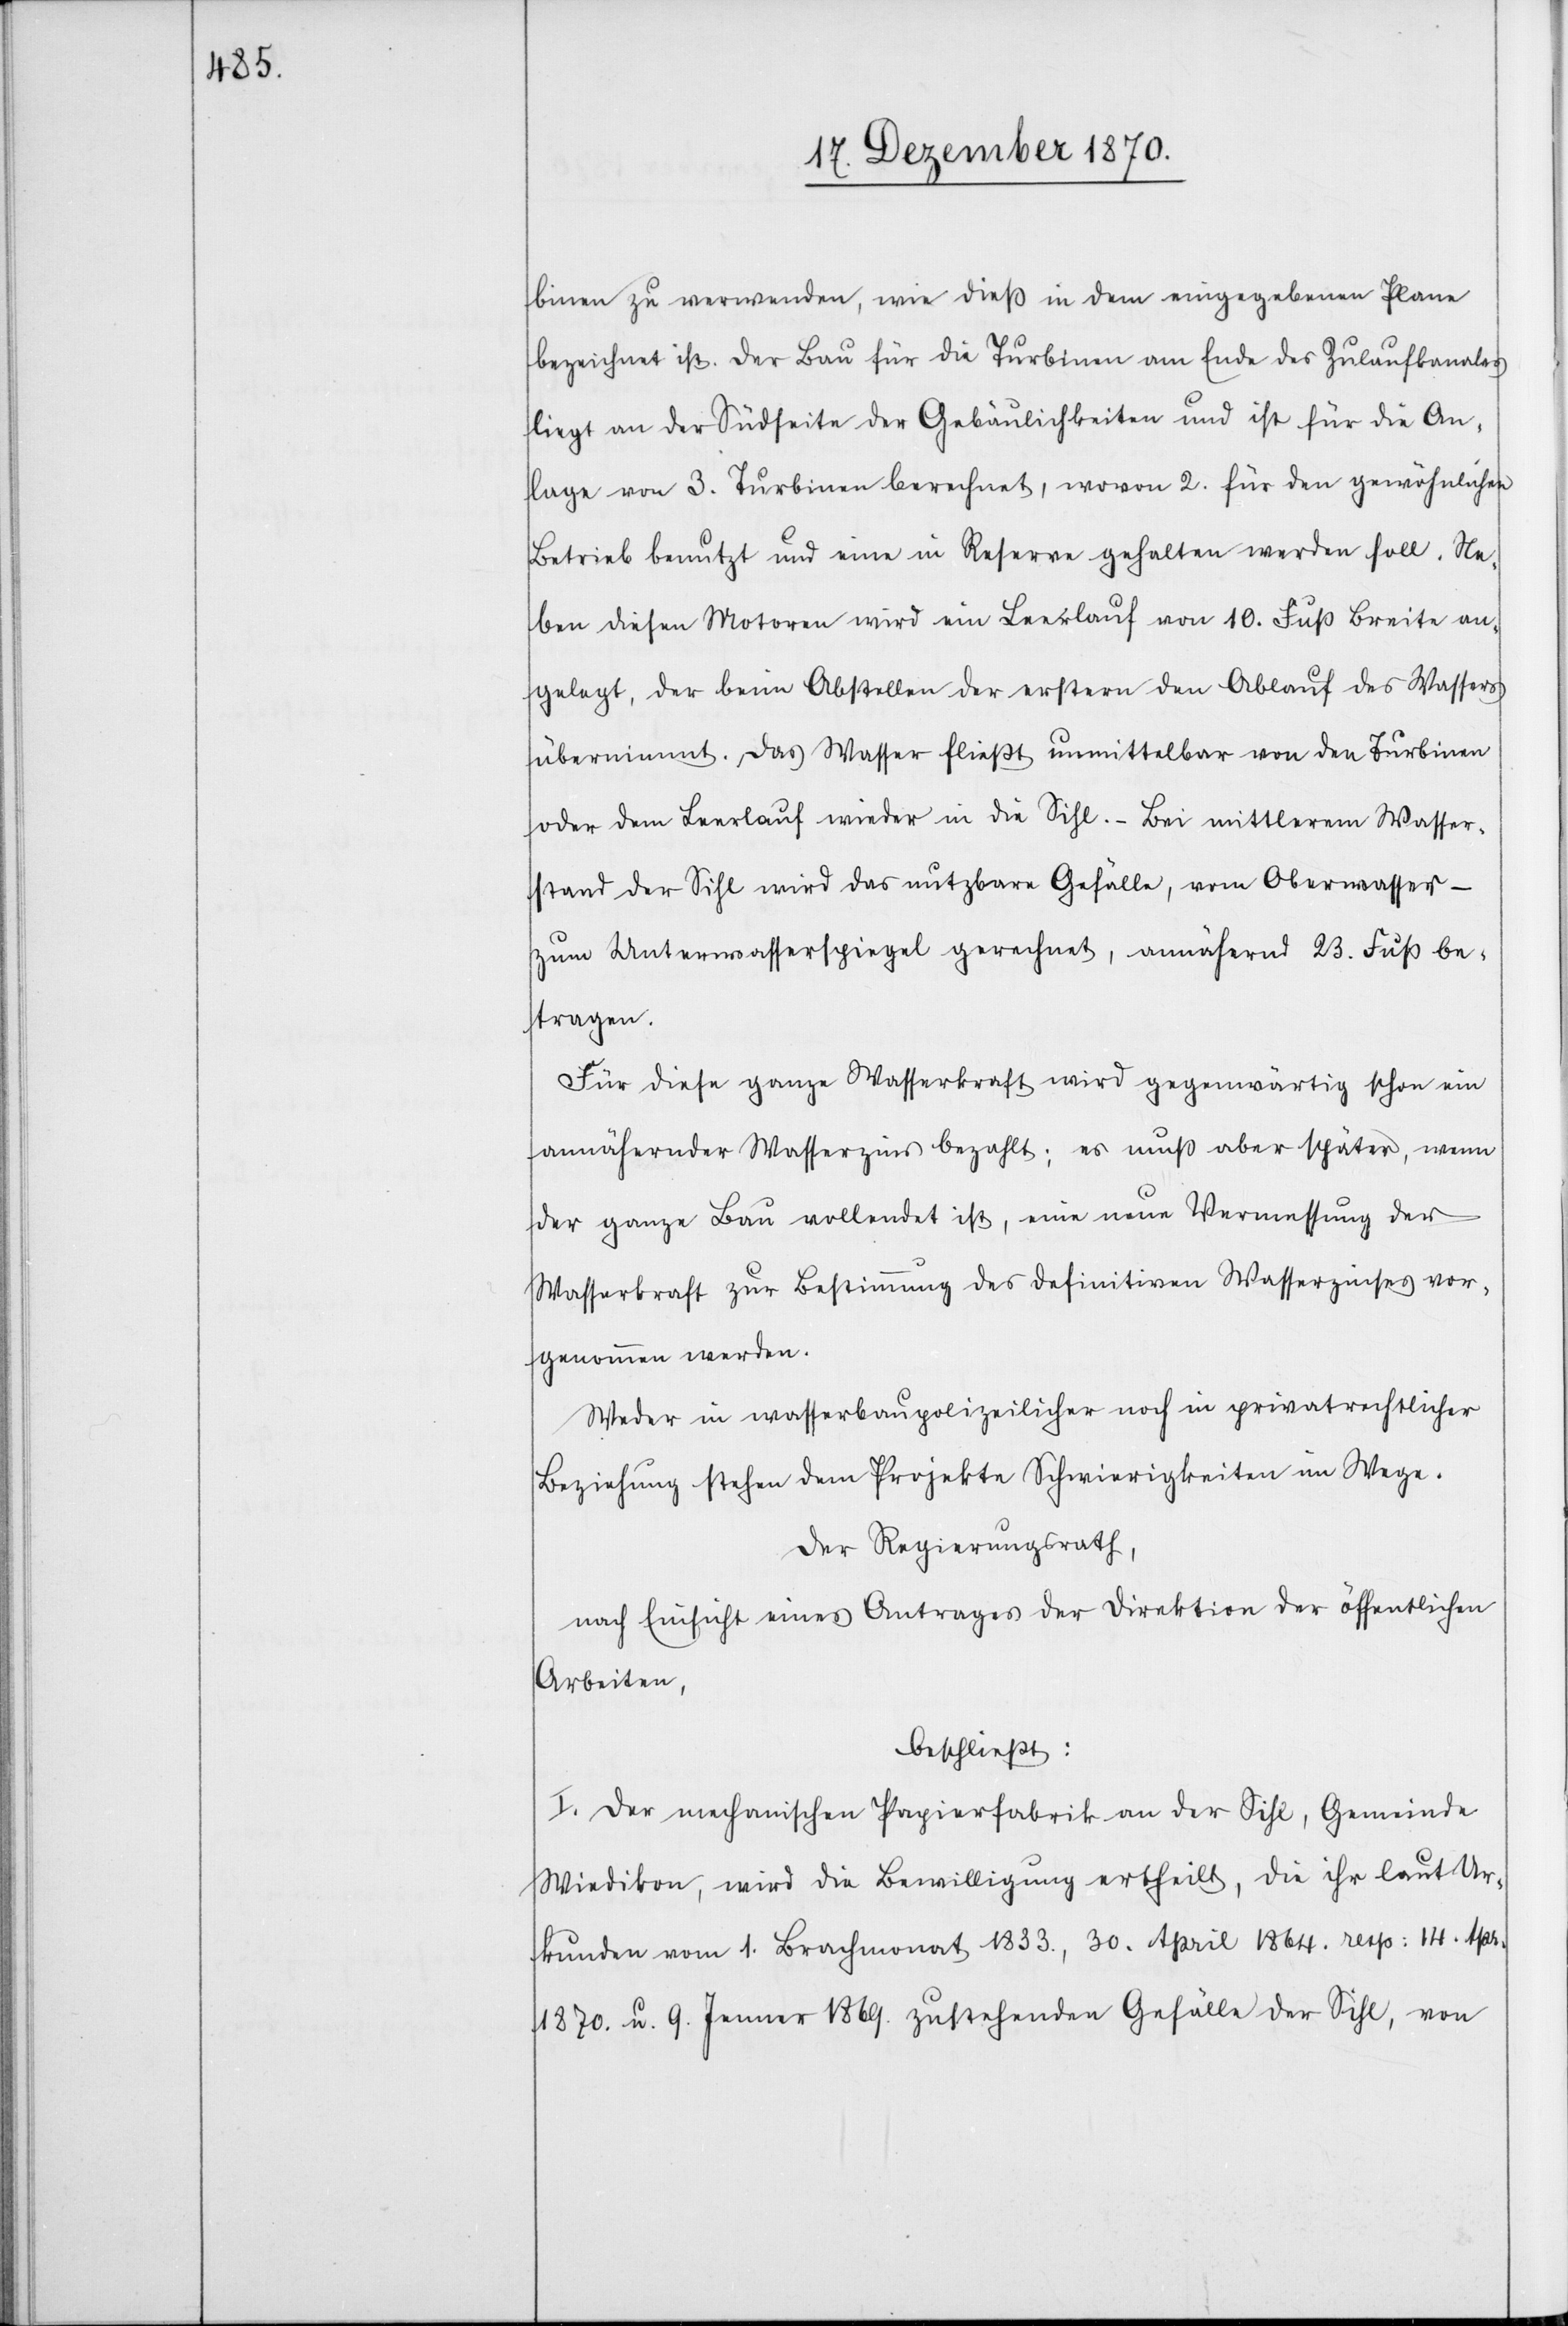
binen zu verwenden, wie dieß in dem eingegebenen Plane
bezeichnet ist. Der Bau für die Turbinen am Ende des Zulaufkanales
liegt an der Südseite der Gebäulichkeiten und ist für die An¬
lage von 3. Turbinen berechnet, wovon 2. für den gewöhnlichen
Betrieb benutzt und eine in Reserve gehalten werden soll. Ne¬
ben diesen Motoren wird ein Leerlauf von 10. Fuß Breite an¬
gelegt, der beim Abstellen der erstern den Ablauf des Wassers
übernimmt. Das Wasser fließt unmittelbar von den Turbinen
oder dem Leerlauf wieder in die Sihl. – Bei mittlerem Wasser¬
stand der Sihl wird das nutzbare Gefälle, vom Oberwasser-
zum Unterwasserspiegel gerechnet, annähernd 23. Fuß be¬
tragen.
Für diese ganze Wasserkraft wird gegenwärtig schon ein
annähernder Wasserzins bezahlt; es muß aber später, wenn
der ganze Bau vollendet ist, eine neue Vermessung der
Wasserkraft zur Bestimmung des definitiven Wasserzinses vor¬
genommen werden.
Weder in wasserbaupolizeilicher noch in privatrechtlicher
Beziehung stehen dem Projekte Schwierigkeiten im Wege.
Der Regierungsrath,
nach Einsicht eines Antrages der Direktion der öffentlichen
Arbeiten,
beschließt:
I. Der mechanischen Papierfabrik an der Sihl, Gemeinde
Wiedikon, wird die Bewilligung ertheilt, die ihr laut Ur¬
kunden vom 1. Brachmonat 1833., 30. April 1864. resp: 14. Apr.
1870. u. 9. Jenner 1869. zustehenden Gefälle der Sihl, von